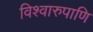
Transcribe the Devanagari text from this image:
विश्वारुपाणि